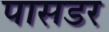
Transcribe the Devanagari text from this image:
पासडर